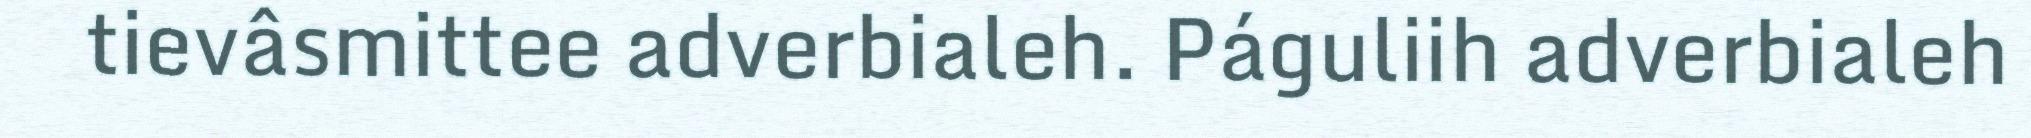
tievâsmittee adverbialeh. Páguliih adverbialeh